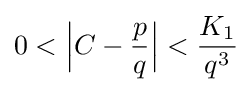
0<{\Big |}C-{\frac {p}{q}}{\Big |}<{\frac {K_{1}}{q^{3}}}